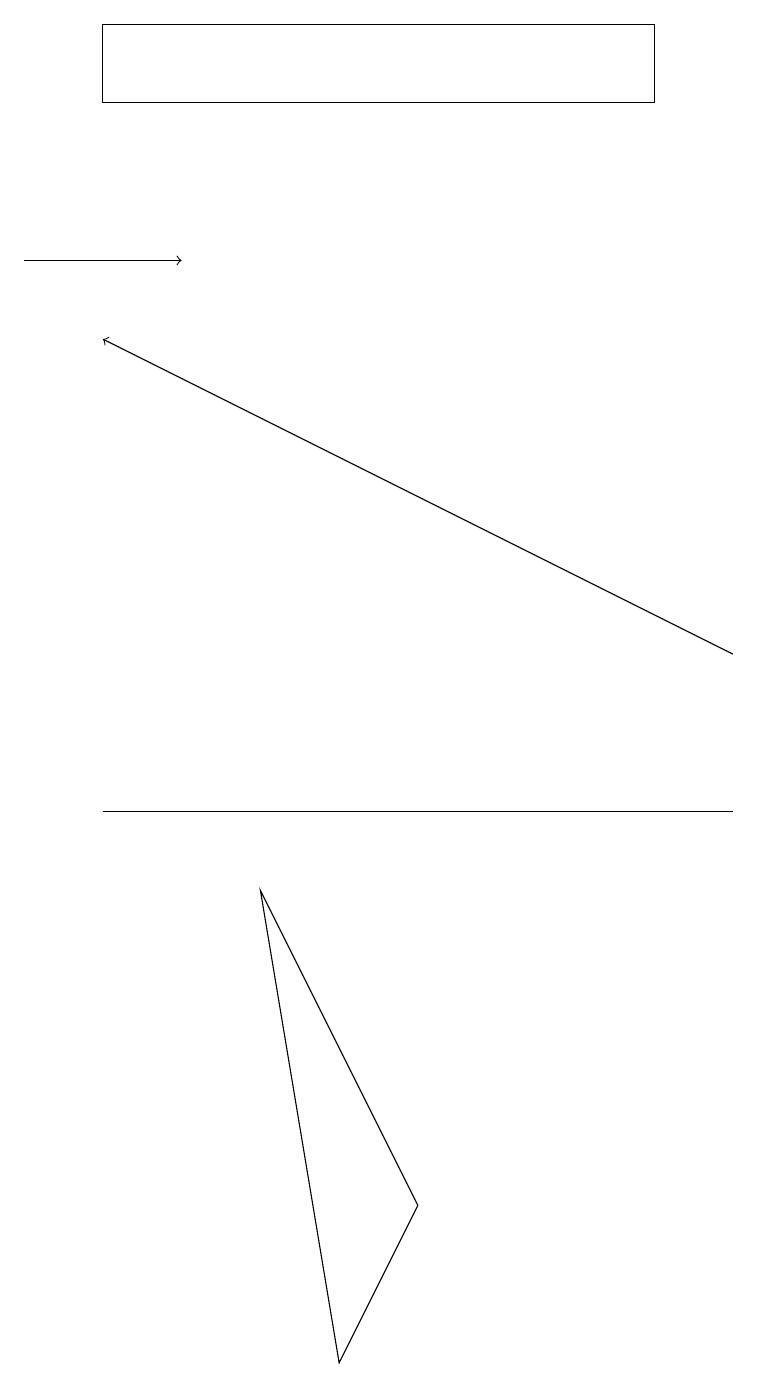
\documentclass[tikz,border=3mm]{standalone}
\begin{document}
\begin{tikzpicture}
\draw (1,9) -- (4,9) -- (9,9) -- cycle;
\draw[->] (0,16) -- (2,16);
\draw[->] (9,11) -- (1,15);
\draw (1,19) rectangle (8,18);
\draw (3,8) -- (4,2) -- (5,4) -- cycle;
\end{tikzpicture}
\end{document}